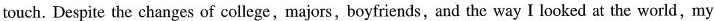
touch. Despite the changes of college,majors, boyfriends, and the way I looked at the world,my